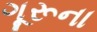
ગૂરૂના